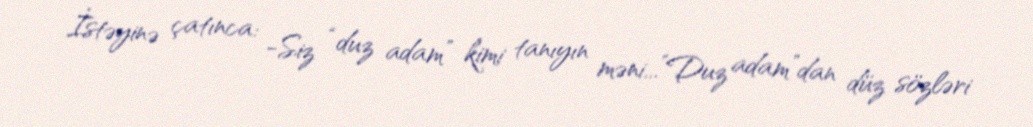
İstəyinə çatınca: -Siz “duz adam” kimi tanıyın məni...”Duz adam”dan düz sözləri